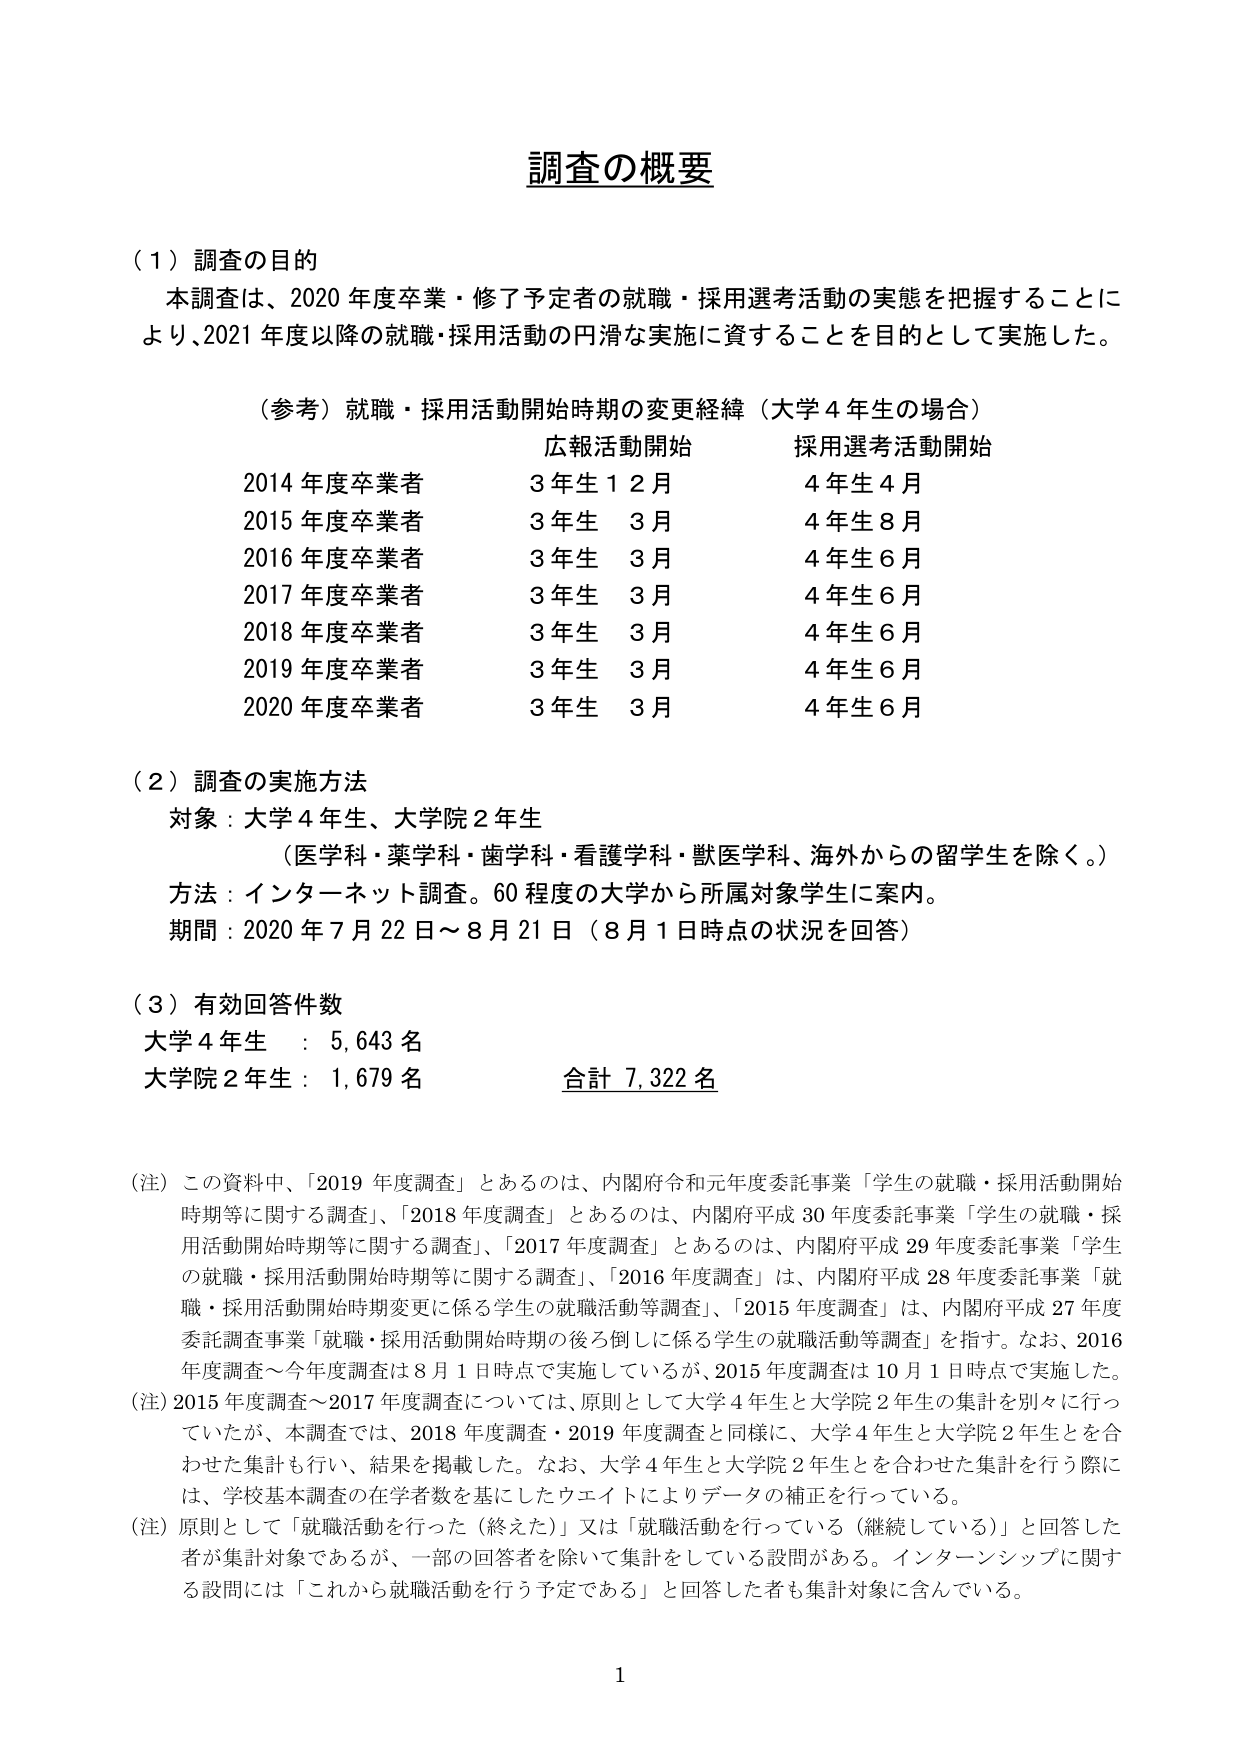
調査の概要

（１）調査の目的
本調査は、2020年度卒業・修了予定者の就職・採用選考活動の実態を把握することにより、2021年度以降の就職・採用活動の円滑な実施に資することを目的として実施した。

（参考）就職・採用活動開始時期の変更経緯（大学４年生の場合）
広報活動開始　　　　　採用選考活動開始
2014年度卒業者　　　　3年生12月　　　　　4年生4月
2015年度卒業者　　　　3年生3月　　　　　　4年生8月
2016年度卒業者　　　　3年生3月　　　　　　4年生6月
2017年度卒業者　　　　3年生3月　　　　　　4年生6月
2018年度卒業者　　　　3年生3月　　　　　　4年生6月
2019年度卒業者　　　　3年生3月　　　　　　4年生6月
2020年度卒業者　　　　3年生3月　　　　　　4年生6月

（２）調査の実施方法
対象：大学４年生、大学院２年生
（医学科・薬学科・歯学科・看護学科・獣医学科、海外からの留学生を除く。）
方法：インターネット調査。60程度の大学から所属対象学生に案内。
期間：2020年7月22日～8月21日（8月1日時点の状況を回答）

（３）有効回答件数
大学４年生：5,643名
大学院２年生：1,679名　　　　　合計 7,322名

（注）この資料中、「2019年度調査」とあるのは、内閣府令和元年度委託事業「学生の就職・採用活動開始時期等に関する調査」、「2018年度調査」とあるのは、内閣府平成30年度委託事業「学生の就職・採用活動開始時期等に関する調査」、「2017年度調査」とあるのは、内閣府平成29年度委託事業「学生の就職・採用活動開始時期等に関する調査」、「2016年度調査」は、内閣府平成28年度委託事業「就職・採用活動開始時期変更に係る学生の就職活動等調査」、「2015年度調査」は、内閣府平成27年度委託調査事業「就職・採用活動開始時期の後ろ倒しに係る学生の就職活動等調査」を指す。なお、2016年度調査～今年度調査は8月1日時点で実施しているが、2015年度調査は10月1日時点で実施した。
（注）2015年度調査～2017年度調査については、原則として大学４年生と大学院２年生の集計を別々に行っていたが、本調査では、2018年度調査・2019年度調査と同様に、大学４年生と大学院２年生とを合わせた集計も行い、結果を掲載した。なお、大学４年生と大学院２年生を合わせた集計を行う際には、学校基本調査の在学者数を基にしたウェイトによりデータの補正を行っている。
（注）原則として「就職活動を行った（終えた）」又は「就職活動を行っている（継続している）」と回答した者が集計対象であるが、一部の回答者を除いて集計をしている設問がある。インターンシップに関する設問には「これから就職活動を行う予定である」と回答した者も集計対象に含んでいる。

1